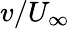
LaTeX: v/U_{\infty}